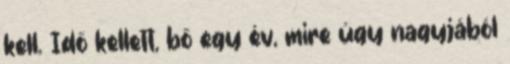
kell. Idő kellett, bő egy év, mire úgy nagyjából